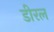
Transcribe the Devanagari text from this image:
डीरल